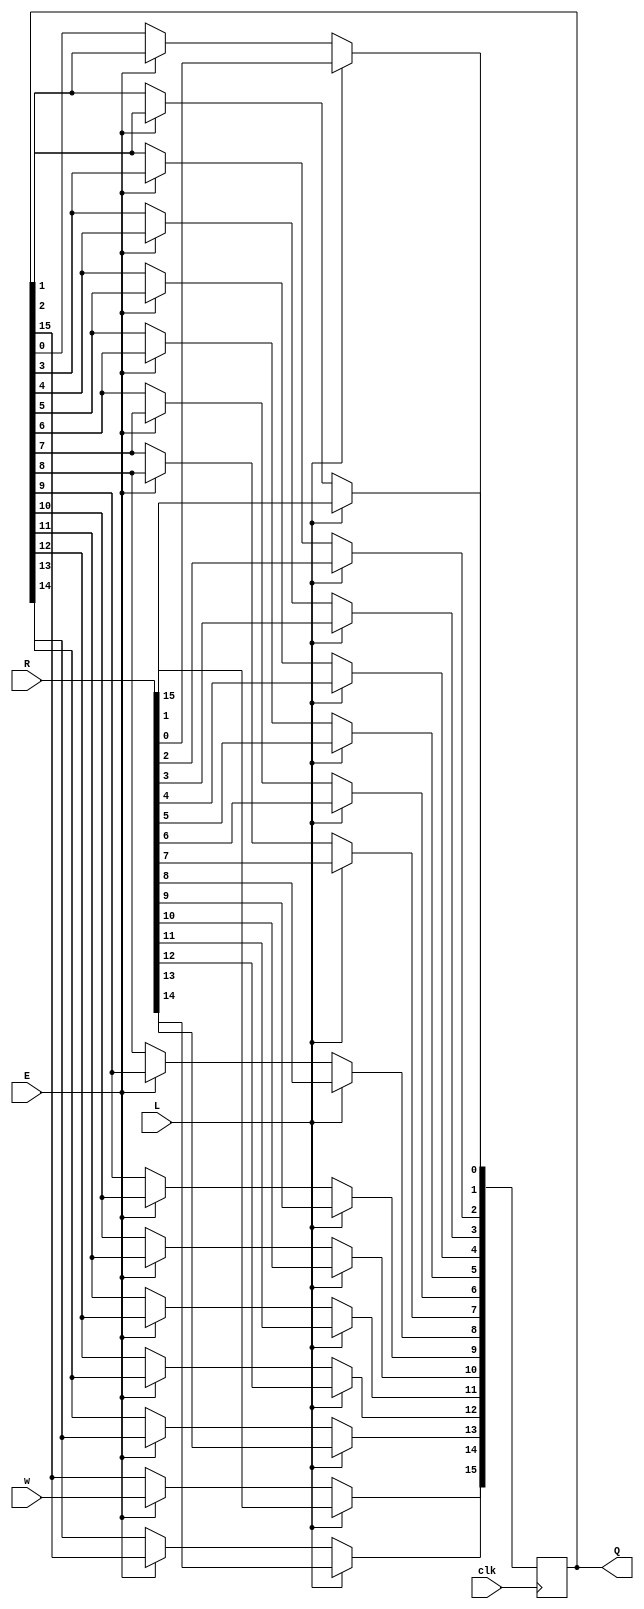
// Left to right shift register with enable
module shiftrne (R, L, E, w, clk, Q); 
	parameter n = 16;
	input [n-1:0] R;
	input L, E, w, clk;
	output reg [n-1:0] Q; 
	integer k;

	always @(posedge clk) 
		if (L)
			Q <= R; 
		else if (E)
		begin
		for(k=n-1;k > 0;k=k-1)
			Q[k-1] <= Q[k]; 
		Q[n-1] <= w;
	end 	
endmodule